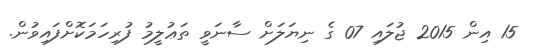
15 އިން 2015 ޖުލައި 07 ގެ ނިޔަލަށް ސާނަވީ ތަޢުލީމު ފުރިހަމަކޮށްފައިވުން.